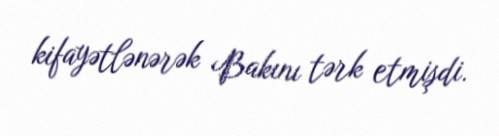
kifayətlənərək Bakını tərk etmişdi.